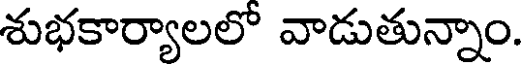
శుభకార్యాలలో వాడుతున్నాం.